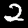
Label: 2